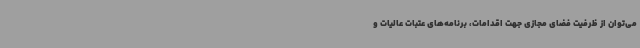
می‌توان از ظرفیت فضای مجازی جهت اقدامات، برنامه‌های عتبات عالیات و